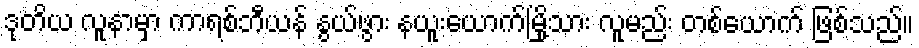
ဒုတိယ လူနာမှာ ကာရစ်ဘီယန် နွယ်ဖွား နယူးယောက်မြို့သား လူမည်း တစ်ယောက် ဖြစ်သည်။